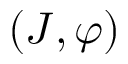
\left( J , \varphi \right)